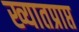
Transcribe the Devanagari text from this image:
ख्यातप्राप्त